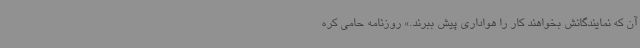
آن که نمایندگانش بخواهند کار را هواداری پیش ببرند.» روزنامه حامی کره